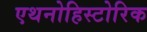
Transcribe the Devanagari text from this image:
एथनोहिस्टोरिक